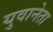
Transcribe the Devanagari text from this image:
युवानेता